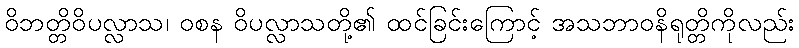
ဝိဘတ္တိဝိပလ္လာသ၊ ဝစန ဝိပလ္လာသတို့၏ ထင်ခြင်းကြောင့် အသဘာဝနိရုတ္တိကိုလည်း